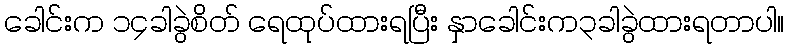
ခေါင်းက ၁၄ခါခွဲစိတ် ရေထုပ်ထားရပြီး နှာခေါင်းက၃ခါခွဲထားရတာပါ။